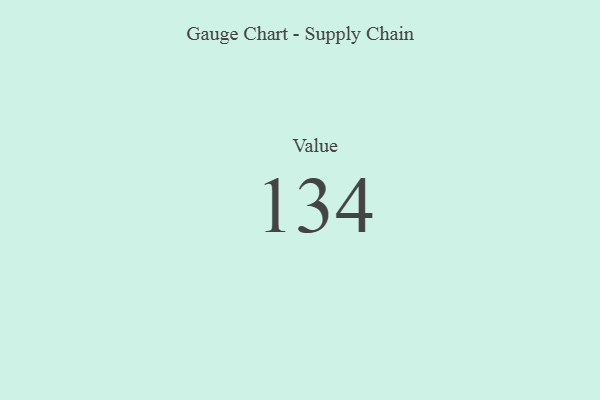
{"axis": {"x": "Metric", "y": "Value"}, "legend": [""], "data": [{"x": "Value", "y": 134, "type": ""}]}